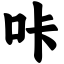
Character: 咔